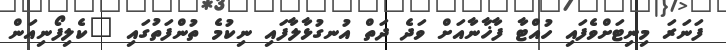
ފަނަރަ މިނިޓަށްވެފައި ހުއްޓާ ފާޚާނާއަށް ވަދެ ދަތް އުނގުޅާލާފައި ނިކުމެ ތުންފަތުގައި "ކެލިފޯނިއަން